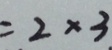
= 2 \times 3